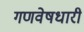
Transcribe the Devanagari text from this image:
गणवेषधारी